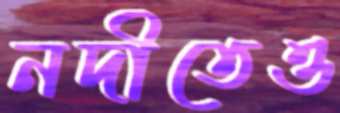
নদীতেও